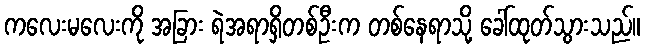
ကလေးမလေးကို အခြား ရဲအရာရှိတစ်ဦးက တစ်နေရာသို့ ခေါ်ထုတ်သွားသည်။